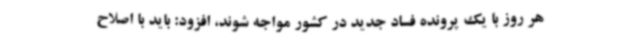
هر روز با یک پرونده فساد جدید در کشور مواجه شوند، افزود: باید با اصلاح